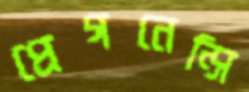
প্রেগনেন্সি